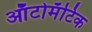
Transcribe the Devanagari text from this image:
ऑटोमॅटिक